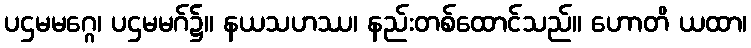
ပဌမမဂ္ဂေ၊ ပဌမမဂ်၌။ နယသဟဿ၊ နည်းတစ်ထောင်သည်။ ဟောတိ ယထာ၊